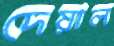
দেয়াল